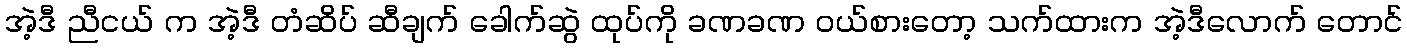
အဲ့ဒီ ညီငယ် က အဲ့ဒီ တံဆိပ် ဆီချက် ခေါက်ဆွဲ ထုပ်ကို ခဏခဏ ဝယ်စားတော့ သက်ထားက အဲ့ဒီလောက် တောင်